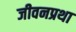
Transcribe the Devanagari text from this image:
जीवनप्रथा